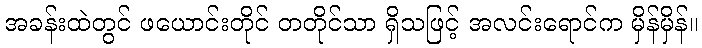
အခန်းထဲတွင် ဖယောင်းတိုင် တတိုင်သာ ရှိသဖြင့် အလင်းရောင်က မှိန်မှိန်။